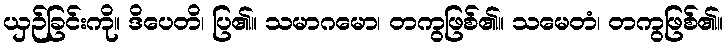
ယှဉ်ခြင်းကို။ ဒိပေတိ၊ ပြ၏။ သမာဂမော၊ တကွဖြစ်၏။ သမေတံ၊ တကွဖြစ်၏။